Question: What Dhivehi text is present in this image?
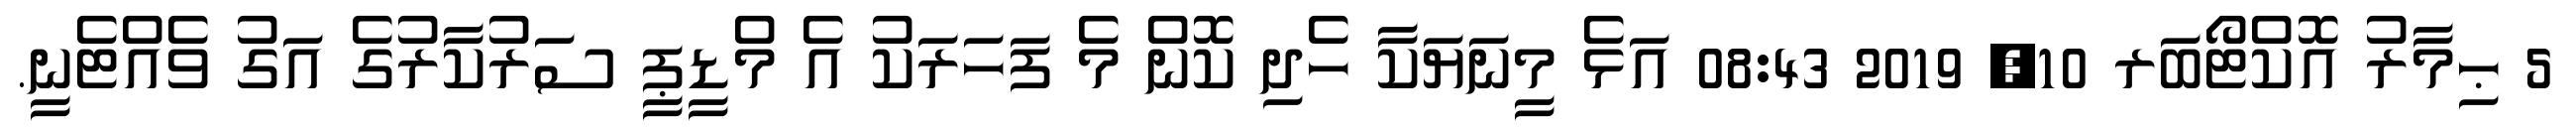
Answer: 5 ޙިމާރު އޮކްޓޯބަރ 10, 2019 08:43 އަޅެ މީނަޔަކާ ހެދި ކޮން މެ ފަހަރަކު އެ މްޑީޕީ ސަރުކާރުގެ އަގު ވެއްޓެނީ.